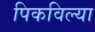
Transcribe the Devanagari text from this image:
पिकविल्या